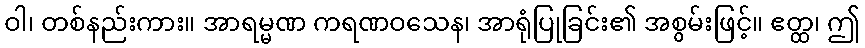
ဝါ၊ တစ်နည်းကား။ အာရမ္မဏ ကရဏဝသေန၊ အာရုံပြုခြင်း၏ အစွမ်းဖြင့်။ ဧတ္ထ၊ ဤ